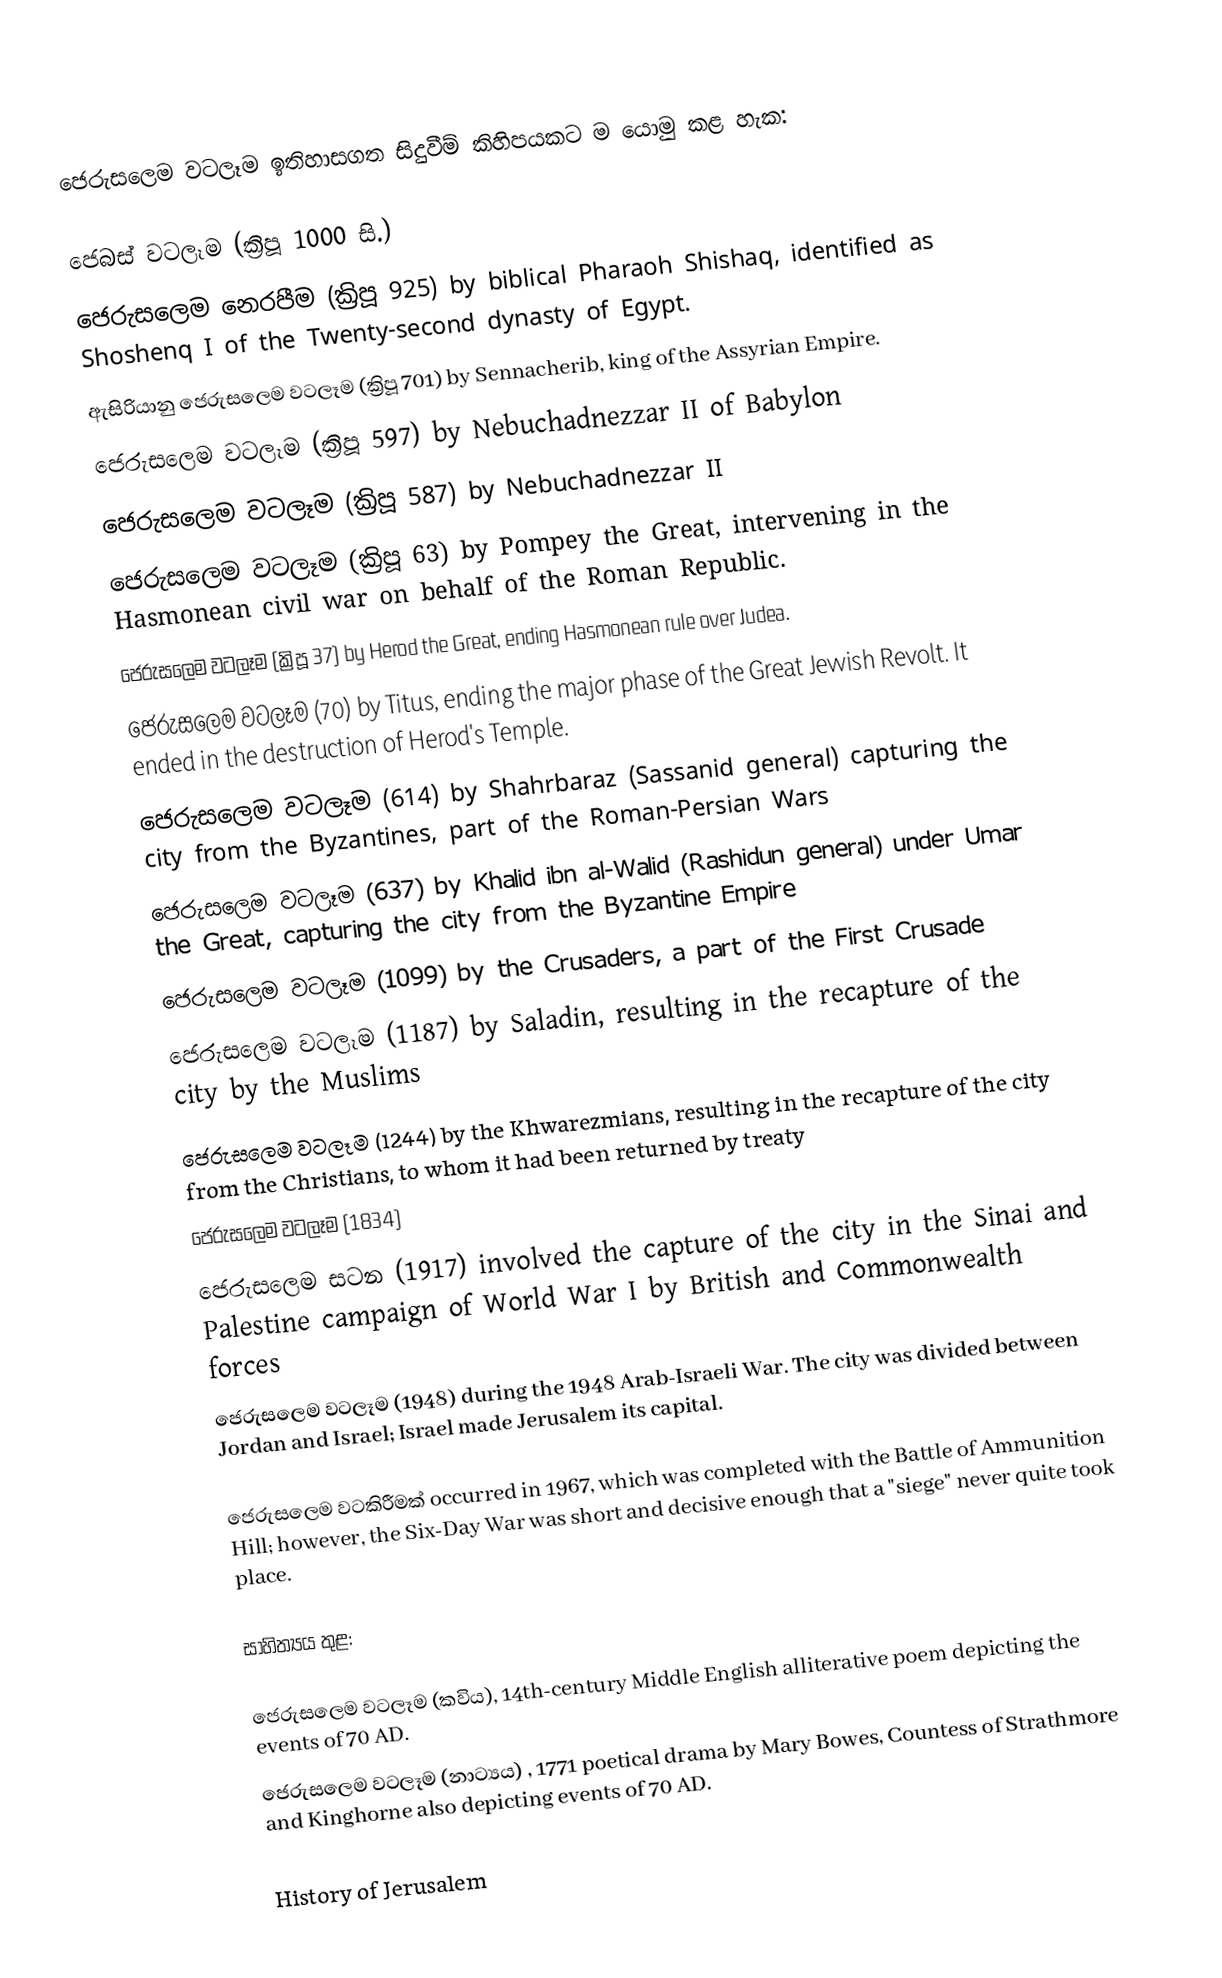
ජෙරුසලෙම වටලෑම ඉතිහාසගත සිදුවීම් කිහිපයකට ම යොමු කළ හැක:

ජෙබස් වටලෑම (ක්‍රිපූ 1000 සි.)
ජෙරුසලෙම නෙරපීම (ක්‍රිපූ 925) by biblical Pharaoh Shishaq, identified as Shoshenq I of the Twenty-second dynasty of Egypt.
ඇසිරියානු ජෙරුසලෙම වටලෑම (ක්‍රිපූ 701) by Sennacherib, king of the Assyrian Empire.
ජෙරුසලෙම වටලෑම (ක්‍රිපූ 597) by Nebuchadnezzar II of Babylon
ජෙරුසලෙම වටලෑම (ක්‍රිපූ 587) by Nebuchadnezzar II
ජෙරුසලෙම වටලෑම (ක්‍රිපූ 63) by Pompey the Great, intervening in the Hasmonean civil war on behalf of the Roman Republic.
ජෙරුසලෙම වටලෑම (ක්‍රිපූ 37) by Herod the Great, ending Hasmonean rule over Judea.
ජෙරුසලෙම වටලෑම (70) by Titus, ending the major phase of the Great Jewish Revolt. It ended in the destruction of Herod's Temple.
ජෙරුසලෙම වටලෑම (614) by Shahrbaraz (Sassanid general) capturing the city from the Byzantines, part of the Roman-Persian Wars
ජෙරුසලෙම වටලෑම (637) by Khalid ibn al-Walid (Rashidun general) under Umar the Great, capturing the city from the Byzantine Empire
ජෙරුසලෙම වටලෑම (1099) by the Crusaders, a part of the First Crusade
ජෙරුසලෙම වටලෑම (1187) by Saladin, resulting in the recapture of the city by the Muslims
ජෙරුසලෙම වටලෑම (1244) by the Khwarezmians, resulting in the recapture of the city from the Christians, to whom it had been returned by treaty
ජෙරුසලෙම වටලෑම (1834)
ජෙරුසලෙම සටන (1917) involved the capture of the city in the Sinai and Palestine campaign of World War I by British and Commonwealth forces
ජෙරුසලෙම වටලෑම (1948) during the 1948 Arab-Israeli War. The city was divided between Jordan and Israel; Israel made Jerusalem its capital.

ජෙරුසලෙම වටකිරීමක් occurred in 1967, which was completed with the Battle of Ammunition Hill; however, the Six-Day War was short and decisive enough that a "siege" never quite took place.

සාහිත්‍යය තුළ:

 ජෙරුසලෙම වටලෑම (කවිය), 14th-century Middle English alliterative poem depicting the events of 70 AD.
 ජෙරුසලෙම වටලෑම (නාට්‍යය) , 1771 poetical drama by Mary Bowes, Countess of Strathmore and Kinghorne also depicting events of 70 AD.

History of Jerusalem